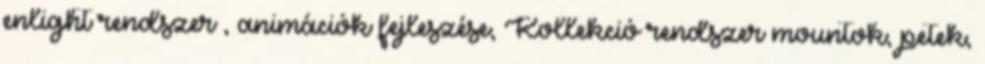
enlight rendszer , animációk fejleszése, Kollekció rendszer mountok, petek,